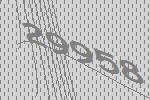
29958